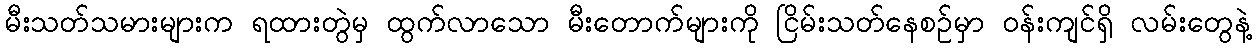
မီးသတ်သမားများက ရထားတွဲမှ ထွက်လာသော မီးတောက်များကို ငြိမ်းသတ်နေစဉ်မှာ ဝန်းကျင်ရှိ လမ်းတွေနဲ့